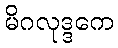
မိဂလုဒ္ဒကေ